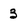
Character: 3